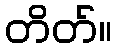
တိတ်။